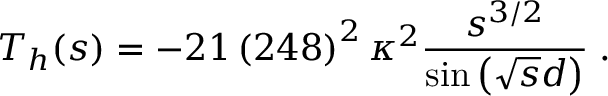
{ \cal T } _ { h } ( s ) = - 2 1 \left( 2 4 8 \right) ^ { 2 } \kappa ^ { 2 } \frac { s ^ { 3 / 2 } } { \sin \left( \sqrt { s } d \right) } \; .